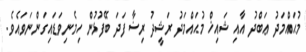
މުޙައްމަދު ޢަބްދު އާއި ޝައިޚް މުޙައްމަދު ރަޝީދު ރިޟާ ފަދަ ބޭފުޅުން ހިމެނިވަޑައިގަންނަވައެވެ.